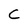
Character: C